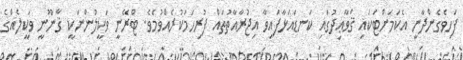
ފަހިވެގެންދާނީ އެކަމަށްޓަކައި ޤަވާޢިދުގައި ކަނޑައަޅާފައިވާ އިޖުރާއާތުތައް ފުރިހަމަކުރެއްވުމެވެ. ޓްރޭނީ ވަކީލުންނަކީ ޤާނޫނީ ވަކީލެއްގެ